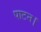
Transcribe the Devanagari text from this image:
पाटन।